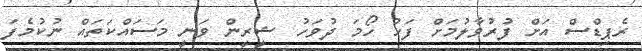
ރެޕިޑްސް އަށް ފުރުވާލުމަށް ފަހު ހޯމަ ދުވަހު ޝީރީން ވަނީ މަސައްކަތައް ނުކުމެފަ